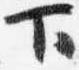
下